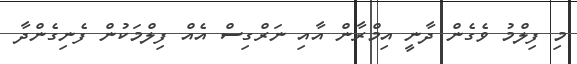
މި ފިލްމު ވެގެން ދާނީ އިމްރާން އާއި ނަރްގިސް އެއް ފިލްމަކުން ފެނިގެންދާ